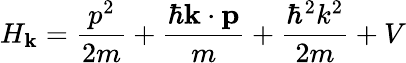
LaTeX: H_{\mathbf{k}}={\frac{p^{2}}{2m}}+{\frac{\hbar\mathbf{k}\cdot\mathbf{p}}{m}}+{\frac{\hbar^{2}k^{2}}{2m}}+V